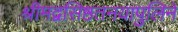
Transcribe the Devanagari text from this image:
श्रीमद्वसिष्ठतनयापुलिने